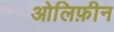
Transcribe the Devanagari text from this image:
ओलिफ़ीन